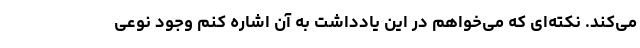
می‌کند. نکته‌ای که می‌خواهم در این یادداشت به آن اشاره کنم وجود نوعی